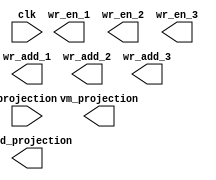
`timescale 1ns / 1ps
//////////////////////////////////////////////////////////////////////////////////
// Company: 
// Engineer: 
// 
// Design Name: 
// Module Name:    VM_Proj_Routing 
// Project Name: 
// Target Devices: 
// Tool versions: 
// Description: 
//
// Dependencies: 
//
// Revision: 
// Revision 0.01 - File Created
// Additional Comments: 
//
//////////////////////////////////////////////////////////////////////////////////
module VM_Proj_Routing(
    input clk,
	 input [53:0] projection,
	 output [8:0] read_projection,
	 
	 output wr_en_1,
	 output wr_en_2,
	 output wr_en_3,
	 output [8:0] wr_add_1,
	 output [8:0] wr_add_2,
	 output [8:0] wr_add_3,
	 
	 output reg [12:0] vm_projection
	 
    );

	parameter NUM_PROJ = 0;
	parameter zbit = 29;

   /*
    Hint:
    The Virtual Module Projections are a reduced version of the projection data that we
    will use for a rough matching to Virtual Module Stubs. These VM projections contain
    a few bits of phi position, z position, and their derivatives (as shown in the table
    in the README file). We also use the phi and z information to route them into the 
    appropriate memories. From the projection, the top three bits from phi and the third 
    bit from z (top two give the region information) are used to route in VM memories and
    we store the next three (four) bits for phi (z) into the VM projection. The index
    corresponds to the bottom six bit of the address in the Projections memory.
        
    */
   
	

endmodule